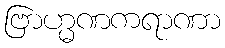
ဗြာဟ္မဏကရာဏာ